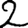
Digit: 2